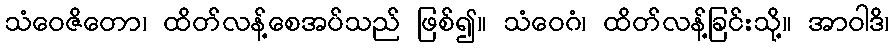
သံဝေဇိတော၊ ထိတ်လန့်စေအပ်သည် ဖြစ်၍။ သံဝေဂံ၊ ထိတ်လန့်ခြင်းသို့။ အာဝါဒိ၊